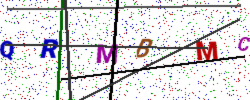
Text: QRMBMC